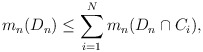
\begin{align*}m_n(D_n) \leq \sum_{i=1}^{N} m_n(D_n \cap C_i),\end{align*}